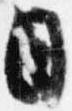
日